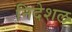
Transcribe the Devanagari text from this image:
निदेशल